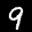
Label: 9